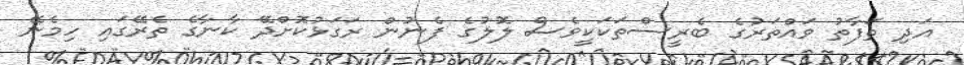
އަދި ތަފާތު ވައްތަރުގެ ބެރީސްތަކަކީވެސް ލޮލުގެ ފެނުން ރަގަޅުކޮށްދޭ ކާނާގެ ތެރޭގައި ހިމެނޭ